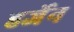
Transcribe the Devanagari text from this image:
हर्जेन